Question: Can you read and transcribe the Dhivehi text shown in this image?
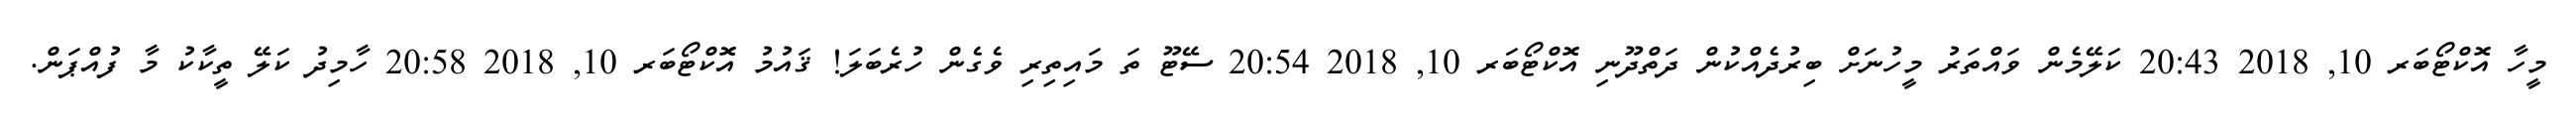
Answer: މީހާ އޮކްޓޯބަރ 10, 2018 20:43 ކަލޭމެން ވައްތަރު މީހުނަށް ބިރުދެއްކުން ދަތްދޫނި އޮކްޓޯބަރ 10, 2018 20:54 ސޭޓޫ ތަ މައިތިރި ވެގެން ހުރެބަލަ! ޤައުމު އޮކްޓޯބަރ 10, 2018 20:58 ހާމިދު ކަލޭ ތީކާކު މާ ފުއްޕަން.